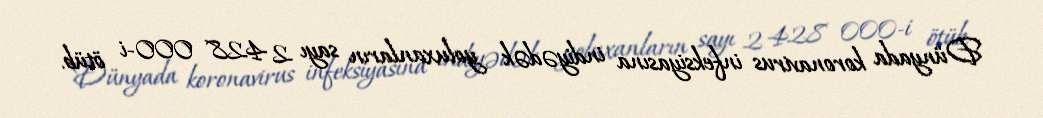
Dünyada koronavirus infeksiyasına indiyədək yoluxanların sayı 2 428 000-i ötüb.